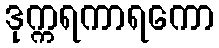
ဒုက္ကရကာရကော